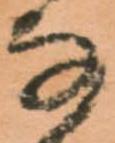
な